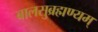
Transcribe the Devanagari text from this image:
बालसुब्रह्मण्यम्